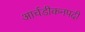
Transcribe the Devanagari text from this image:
आर्चडीकनपदी